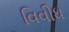
વિવીધ